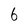
Character: 6